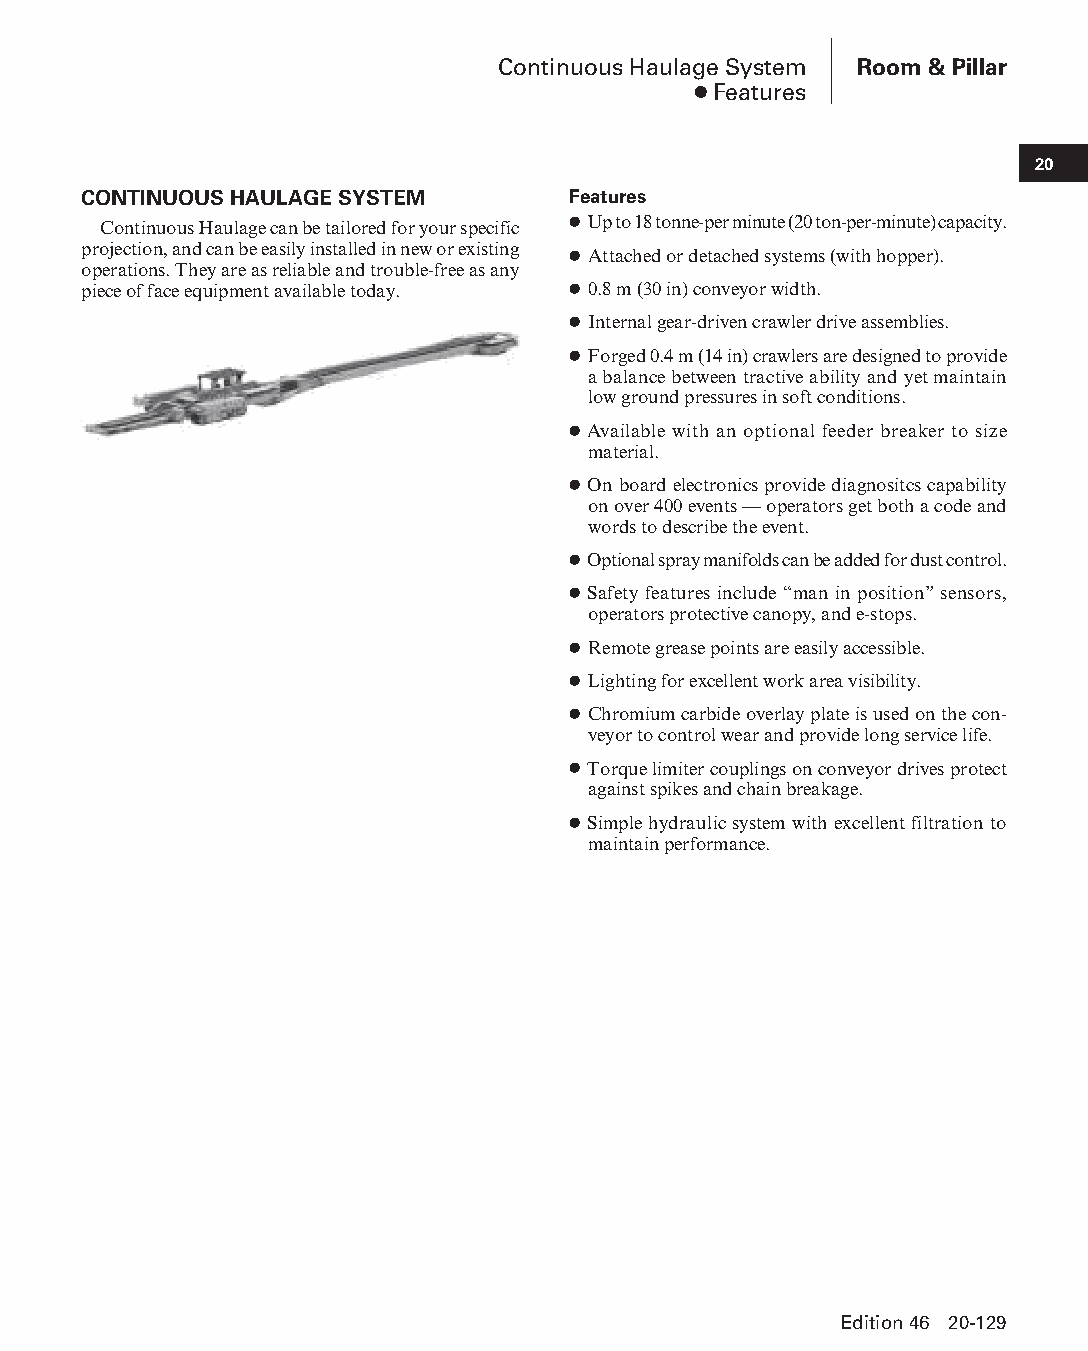
Continuous Haulage System Room & Pillar
 ● Features
 20
 CONTINUOUS HAULAGE SYSTEM       Features
 Continuous Haulage can be tailored for your specific ● Up to 18 tonne-per minute (20 ton-per-minute) capacity.
 projection, and can be easily installed in new or existing ● Attached or detached systems (with hopper).
 operations. They are as reliable and trouble-free as any
 piece of face equipment available today. ● 0.8 m (30 in) conveyor width.
 ● Internal gear-driven crawler drive assemblies.
 ● Forged 0.4 m (14 in) crawlers are designed to provide
 a balance between tractive ability and yet maintain
 low ground pressures in soft conditions.
 ● Available with an optional feeder breaker to size
 material.
 ● On board electronics provide diagnositcs capability
 on over 400 events — operators get both a code and
 words to describe the event.
 ● Optional spray manifolds can be added for dust control.
 ● Safety features include “man in position” sensors,
 oper ators protective canopy, and e-stops.
 ● Remote grease points are easily accessible.
 ● Lighting for excellent work area visibility.
 ● Chromium carbide overlay plate is used on the con-
 veyor to control wear and provide long service life.
 ● Torque limiter couplings on conveyor drives protect
 against spikes and chain breakage.
 ● Simple hydraulic system with excellent filtration to
 maintain performance.
 Edition 46 20-129
 PPHHBB--SSeecc2200--RRoooomm__PPiillllaarr((ppgg112211--114488))..iinndddd 112299 1122//44//1155 1111::0033 AAMM